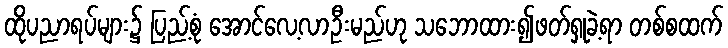
ထိုပညာရပ်များ၌ ပြည့်စုံ အောင်လေ့လာဦးမည်ဟု သဘောထား၍ဖတ်ရှုခဲ့ရာ တစ်စထက်